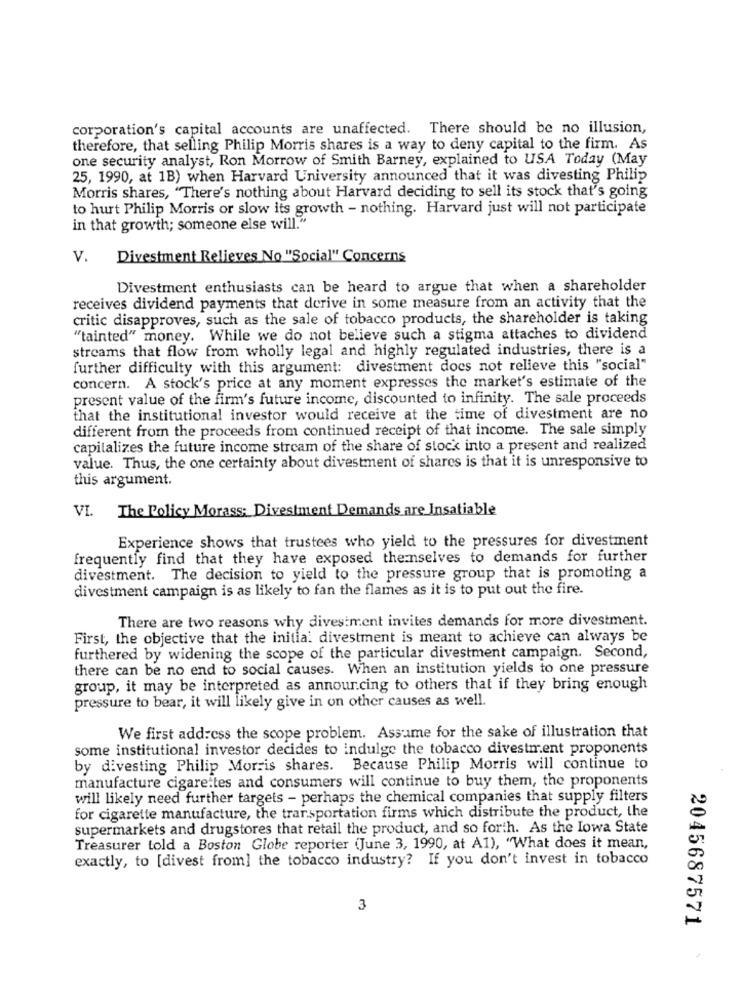
corporation's capital accounts are unaffected. There should be no illusion,
therefore, that selling Philip Morris shares is a way to deny capital to the firm. As
one security analyst, Ron Morrow of Smith Barney, explained to USA Today (May
25, 1990, at 1B) when Harvard University announced that it was divesting Philip
Morris shares, "There's nothing about Harvard deciding to sell its stock that's going
to hurt Philip Morris or slow its growth - nothing. Harvard just will not participate
in that growth; someone else will."
V. Divestment Relieves No "Social" Concerns
Divestment enthusiasts can be heard to argue that when a shareholder
receives dividend payments that derive in some measure from an activity that the
critic disapproves, such as the sale of tobacco products, the shareholder is taking
"tainted" money. While we do not believe such a stigma attaches to dividend
streams that flow from wholly legal and highly regulated industries, there is a
further difficulty with this argument: divestment does not relieve this "social"
concern. A stock's price at any moment expresses the market's estimate of the
present value of the firm's future income, discounted to infinity. The sale proceeds
that the institutional investor would receive at the time of divestment are no
different from the proceeds from continued receipt of that income. The sale simply
capitalizes the future income stream of the share of stock into a present and realized
value. Thus, the one certainty about divestment of shares is that it is unresponsive to
this argument.
VI. The Policy Morass: Divestment Demands are Insatiable
Experience shows that trustees who yield to the pressures for divestment
frequently find that they have exposed themselves to demands for further
divestment. The decision to yield to the pressure group that is promoting a
divestment campaign is as likely to fan the flames as it is to put out the fire.
There are two reasons why divestment invites demands for more divestment.
First, the objective that the initia. divestment is meant to achieve can always be
furthered by widening the scope of the particular divestment campaign. Second,
there can be no end to social causes. When an institution yields to one pressure
group, it may be interpreted as announcing to others that if they bring enough
pressure to bear, it will likely give in on other causes as well.
We first address the scope problem. Assume for the sake of illustration that
some institutional investor decides to indulge the tobacco divestment proponents
by divesting Philip Morris shares. Because Philip Morris will continue to
manufacture cigarettes and consumers will continue to buy them, the proponents
will likely need further targets - perhaps the chemical companies that supply filters
for cigarette manufacture, the transportation firms which distribute the product, the
supermarkets and drugstores that retail the product, and so forth. As the Iowa State
Treasurer told a Boston Globe reporter (June 3, 1990, at AI), "What does it mean,
exactly, to [divest from] the tobacco industry? If you don't invest in tobacco
3
2045687571